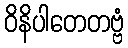
ဝိနိပါတေတဗ္ဗံ